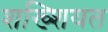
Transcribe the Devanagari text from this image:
शख्शियत